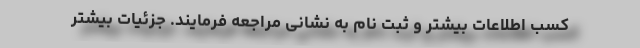
کسب اطلاعات بیشتر و ثبت نام به نشانی مراجعه فرمایند. جزئیات بیشتر